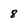
Character: 8